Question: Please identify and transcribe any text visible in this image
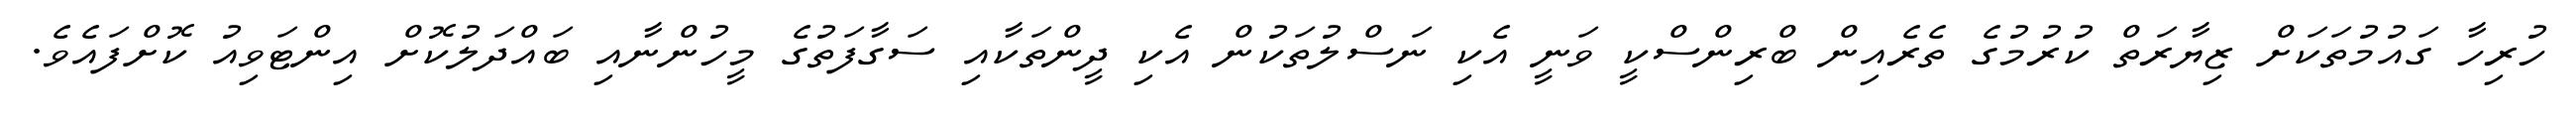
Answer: ހުރިހާ ގައުމުތަކަށް ޒިޔާރަތް ކުރުމުގެ ތެރެއިން ބްރިންސްކީ ވަނީ އެކި ނަސްލުތަކުން އެކި ދީންތަކާއި ސަގާފަތުގެ މީހުންނާއި ބައްދަލުކޮށް އިންޓަވިއު ކޮށްފައެވެ.